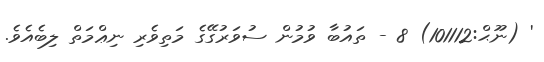
' (ނޫޙް:101112) 8 - ތައުބާ ވުމުން ސުވަރުގޭގެ މަތިވެރި ނިޢްމަތް ލިބެއެވެ.